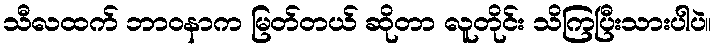
သီလထက် ဘာဝနာက မြတ်တယ် ဆိုတာ လူတိုင်း သိကြပြီးသားပါပဲ။